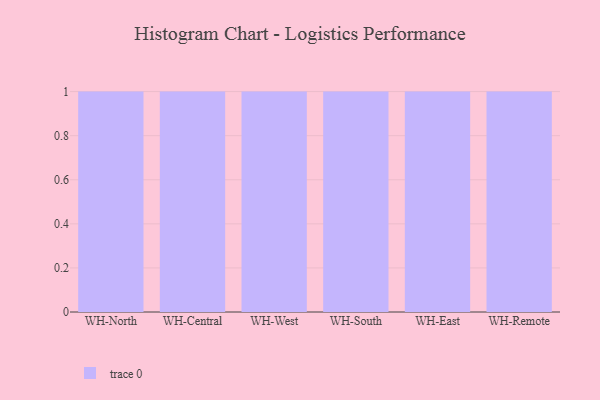
{"axis": {"x": "Warehouse", "y": "Conversion Rate (%)"}, "legend": [""], "data": [{"x": "WH-North", "y": 46, "type": ""}, {"x": "WH-Central", "y": 54, "type": ""}, {"x": "WH-West", "y": 19, "type": ""}, {"x": "WH-South", "y": 19, "type": ""}, {"x": "WH-East", "y": 92, "type": ""}, {"x": "WH-Remote", "y": 85, "type": ""}]}